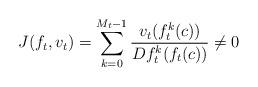
LaTeX: \begin{align*}J(f_t,v_t)= \sum_{k=0}^{M_t-1}\frac{v_t(f_t^k(c))}{Df_t^k(f_t(c))}\neq 0\end{align*}